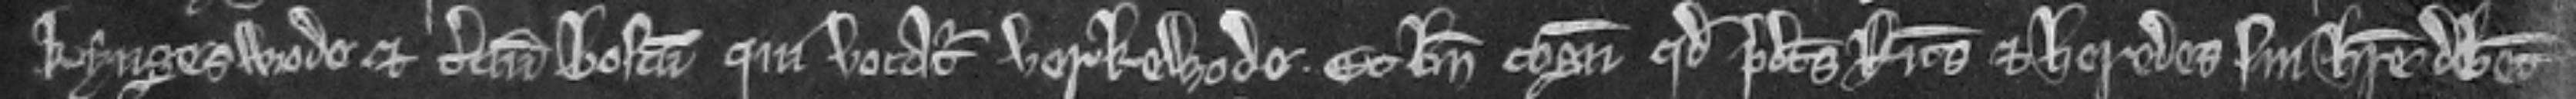
Kyngeswode et tercium boscum qui vocatur Verkewode. Et bene cognoscit quod predictus Ricardus et heredes sui habere debent